Indian journal of veterinary science and animal husbandry - Volume 13,
Year: 1943
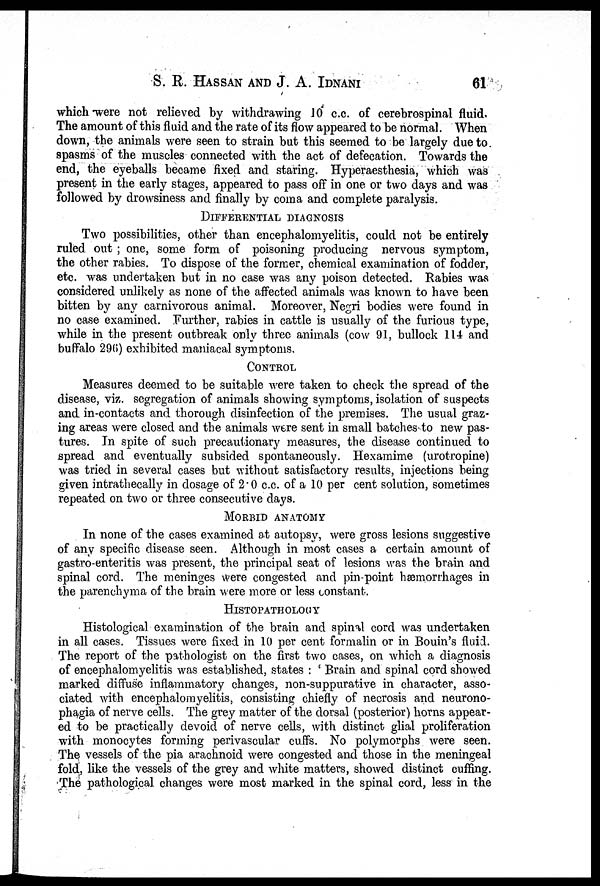
S. R. HASSAN AND J. A. IDNANI 61
which were not relieved by withdrawing 10 c.c. of cerebrospinal fluid.
The amount of this fluid and the rate of its flow appeared to be normal. When
down, the animals were seen to strain but this seemed to be largely due to
spasms of the muscles connected with the act of defecation. Towards the
end, the eyeballs became fixed and staring. Hyperaesthesia, which was
present in the early stages, appeared to pass off in one or two days and was
followed by drowsiness and finally by coma and complete paralysis.
DIFFERENTIAL DIAGNOSIS
Two possibilities, other than encephalomyelitis, could not be entirely
ruled out ; one, some form of poisoning producing nervous symptom,
the other rabies. To dispose of the former, chemical examination of fodder,
etc. was undertaken but in no case was any poison detected. Rabies was
considered unlikely as none of the affected animals was known to have been
bitten by any carnivorous animal. Moreover, Negri bodies were found in
no case examined. Further, rabies in cattle is usually of the furious type,
while in the present outbreak only three animals (cow 91, bullock 114 and
buffalo 296) exhibited maniacal symptoms.
CONTROL
Measures deemed to be suitable were taken to check the spread of the
disease, viz. segregation of animals showing symptoms, isolation of suspects
and in-contacts and thorough disinfection of the premises. The usual graz-
ing areas were closed and the animals were sent in small batches to new pas-
tures. In spite of such precautionary measures, the disease continued to
spread and eventually subsided spontaneously. Hexamime (urotropine)
was tried in several cases but without satisfactory results, injections being
given intrathecally in dosage of 2.0 c.c. of a 10 per cent solution, sometimes
repeated on two or three consecutive days.
MORBID ANATOMY
In none of the cases examined at autopsy, were gross lesions suggestive
of any specific disease seen. Although in most cases a certain amount of
gastro-enteritis was present, the principal seat of lesions was the brain and
spinal cord. The meninges were congested and pin-point hæmorrhages in
the parenchyma of the brain were more or less constant.
HISTOPATHOLOGY
Histological examination of the brain and spinal cord was undertaken
in all cases. Tissues were fixed in 10 per cent formalin or in Bouin's fluid.
The report of the pathologist on the first two cases, on which a diagnosis
of encephalomyelitis was established, states : ' Brain and spinal cord showed
marked diffuse inflammatory changes, non-suppurative in character, asso-
ciated with encephalomyelitis, consisting chiefly of necrosis and neurono-
phagia of nerve cells. The grey matter of the dorsal (posterior) horns appear-
ed to be practically devoid of nerve cells, with distinct glial proliferation
with monocytes forming perivascular cuffs. No polymorphs were seen.
The vessels of the pia arachnoid were congested and those in the meningeal
fold, like the vessels of the grey and white matters, showed distinct cuffing.
The pathological changes were most marked in the spinal cord, less in the